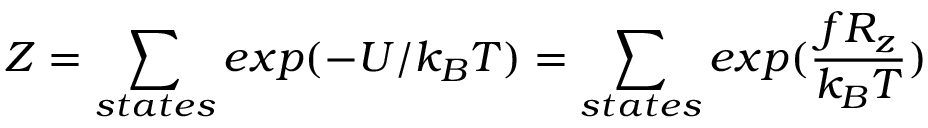
Z = \sum _ { s t a t e s } e x p ( - U / k _ { B } T ) = \sum _ { s t a t e s } e x p ( { \frac { f R _ { z } } { k _ { B } T } } )